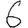
Digit: 6